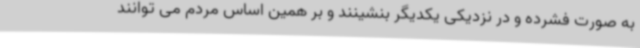
به صورت فشرده و در نزدیکی یکدیگر بنشینند و بر همین اساس مردم می توانند